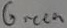
Text: Green